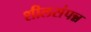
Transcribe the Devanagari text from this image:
शीलसंपन्न